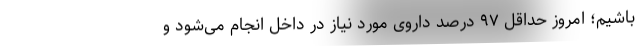
باشیم؛ امروز حداقل ۹۷ درصد داروی مورد نیاز در داخل انجام می‌شود و